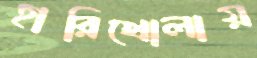
হারিখোলায়